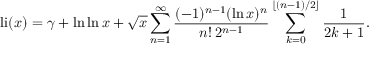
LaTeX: \operatorname { l i } ( x ) = \gamma + \ln \ln x + { \sqrt { x } } \sum _ { n = 1 } ^ { \infty } { \frac { ( - 1 ) ^ { n - 1 } ( \ln x ) ^ { n } } { n ! \, 2 ^ { n - 1 } } } \sum _ { k = 0 } ^ { \lfloor ( n - 1 ) / 2 \rfloor } { \frac { 1 } { 2 k + 1 } } .